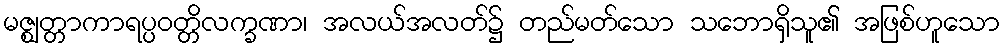
မဇ္ဈတ္တာကာရပ္ပဝတ္တိလက္ခဏာ၊ အလယ်အလတ်၌ တည်မတ်သော သဘောရှိသူ၏ အဖြစ်ဟူသော